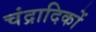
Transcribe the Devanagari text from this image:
चंद्रादिकों